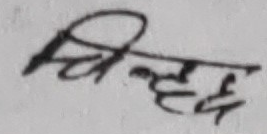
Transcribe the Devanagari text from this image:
विल्हट